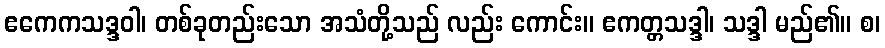
ဧကေကသဒ္ဒဝါ၊ တစ်ခုတည်းသော အသံတို့သည် လည်း ကောင်း။ ဧကတ္တသဒ္ဒါ၊ သဒ္ဒါ မည်၏။ စ၊